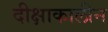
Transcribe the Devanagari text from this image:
दीक्षाकालीन